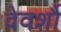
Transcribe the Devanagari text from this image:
देवर्शौ